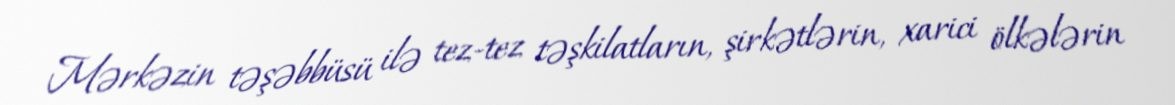
Mərkəzin təşəbbüsü ilə tez-tez təşkilatların, şirkətlərin, xarici ölkələrin